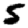
Digit: 5